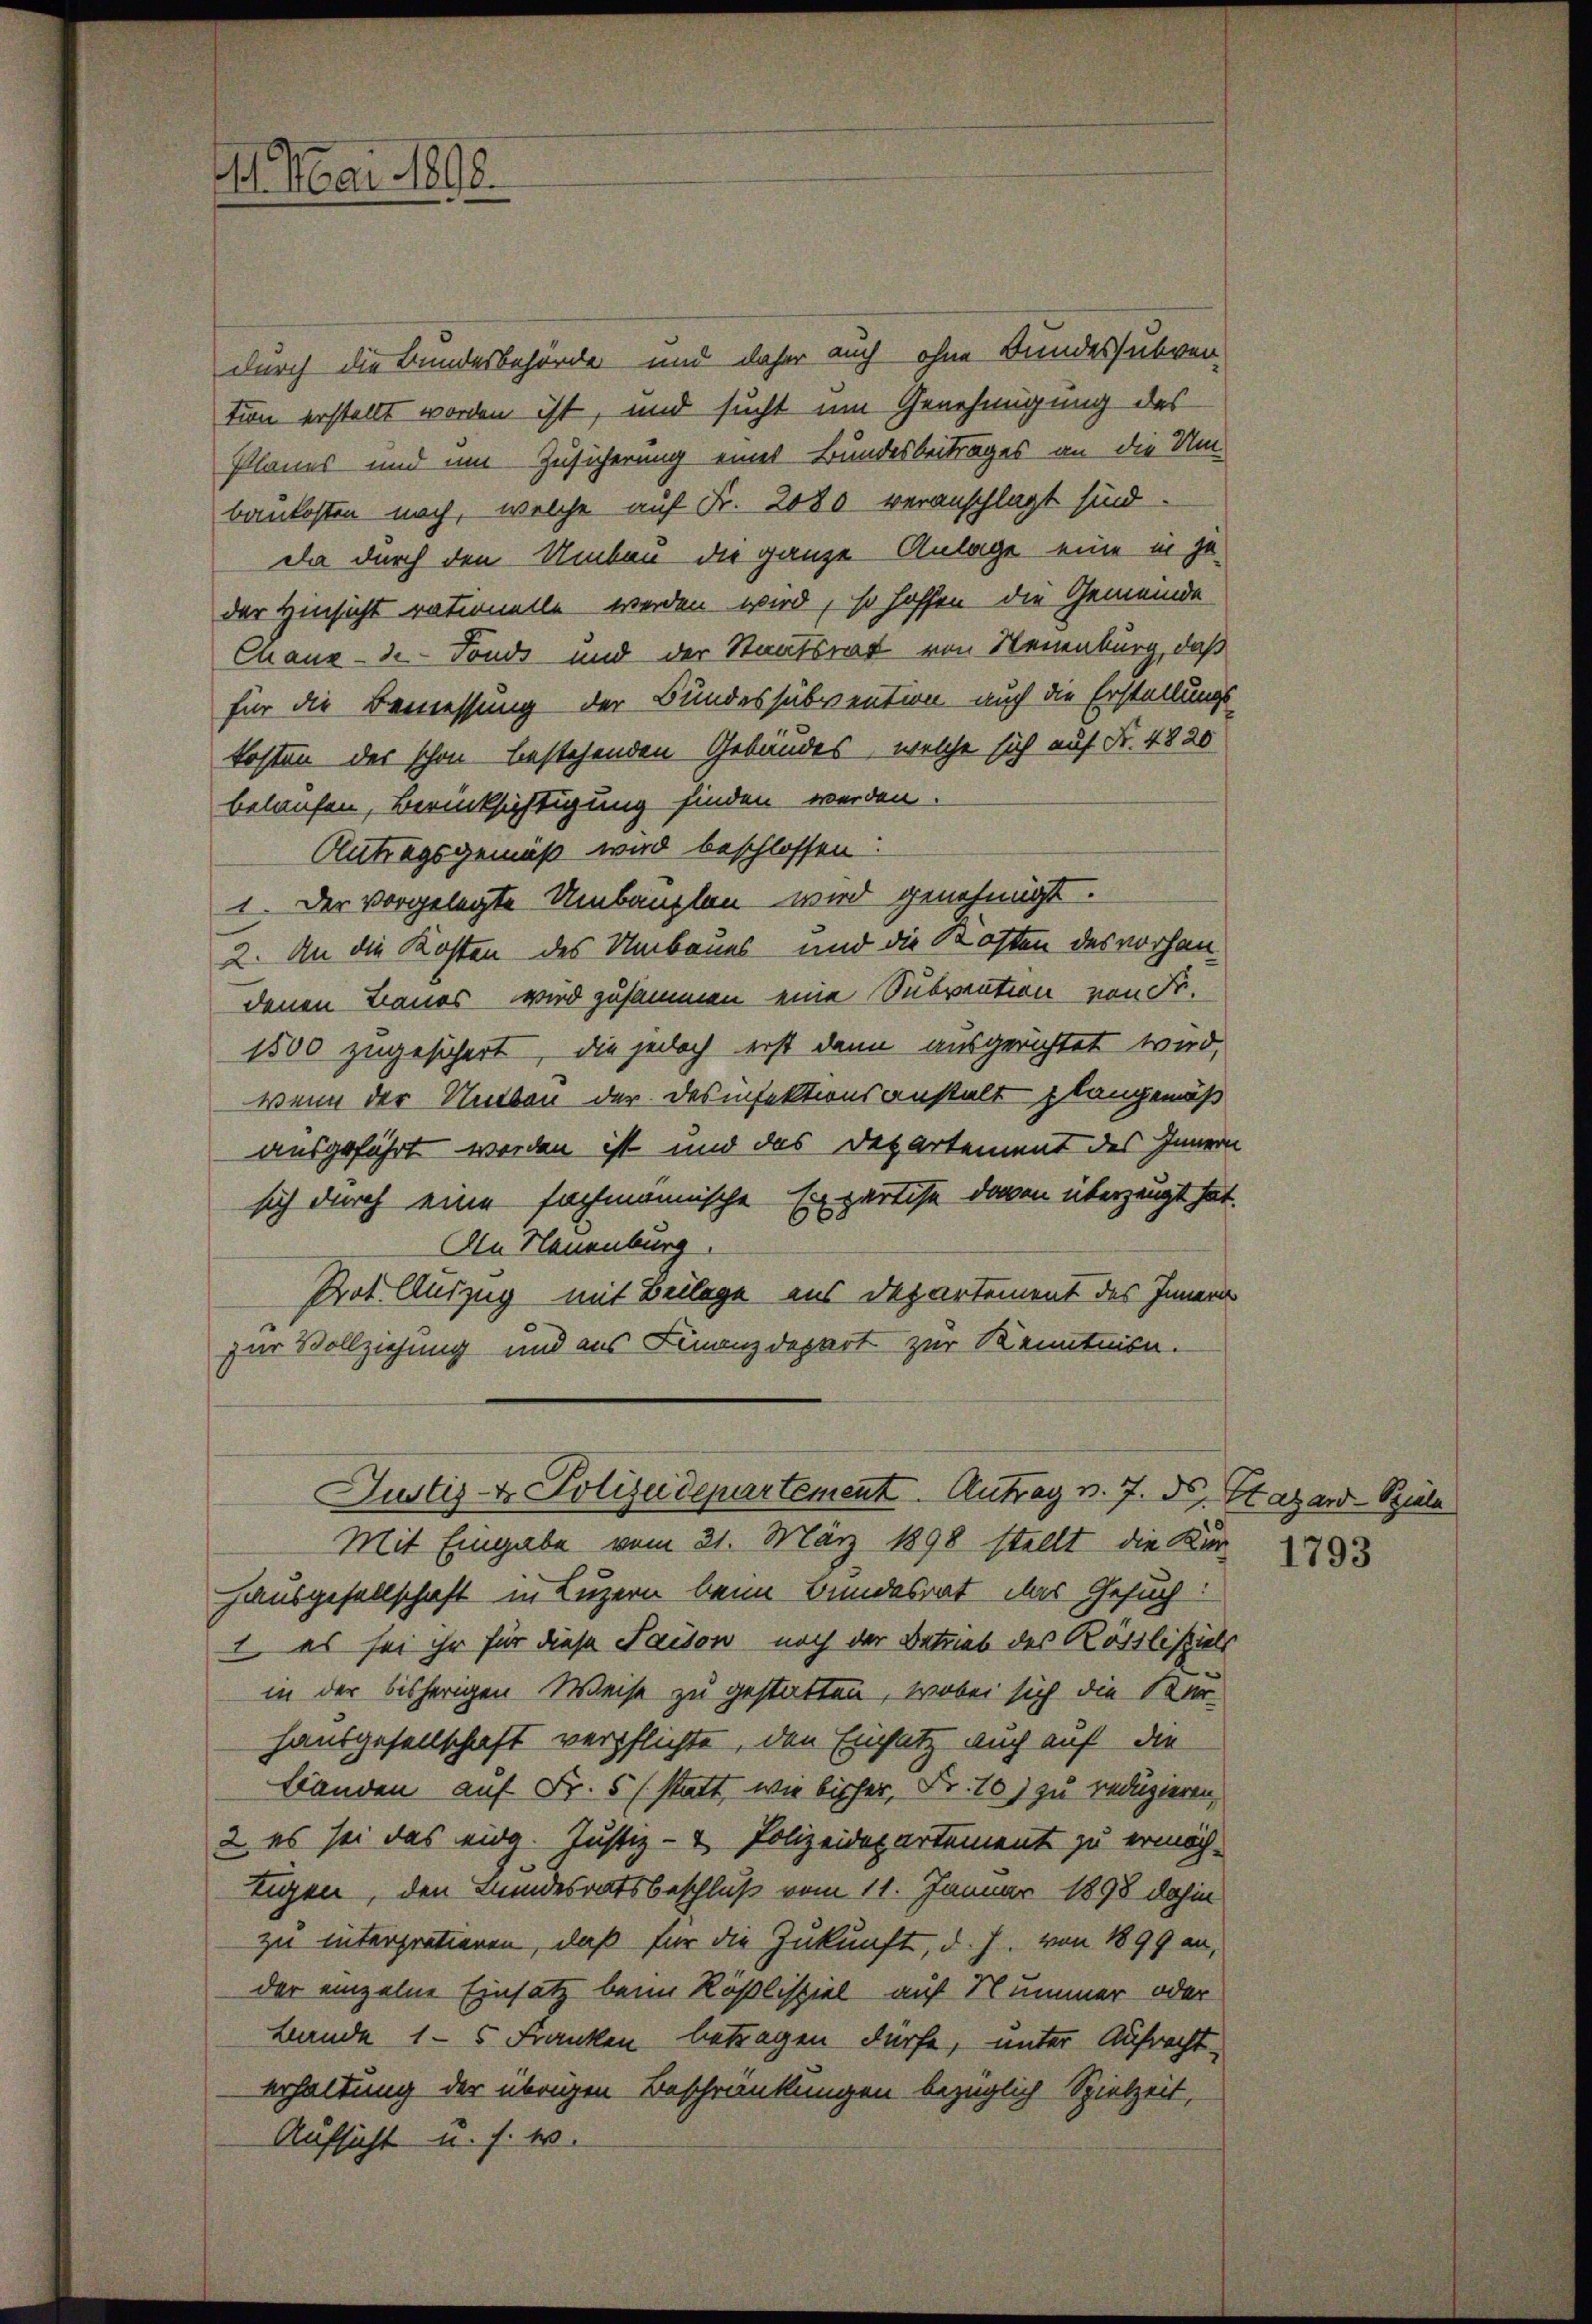
4. Mai 1898.

durch die Bundesbehörde und daher auch ohne Bundessubven-
tion erstellt worden ist, und sucht um Genehmigung des
Planes und um Zusicherung eines Bundesbeitrages an die Umbaukosten nach, welche auf Fr. 2080 veranschlagt sind
da durch den Umbau die ganze Anlage eine in ge-
der Hinsicht rationelle werden wird, so hoffen die Gemeinde
Chaux-de-Fonds und der Staatsrat von Neuenburg, daß
für die Bemessung der Bundessubvention auch die Erstellungs-
kosten des schon bestehenden Gebäudes, welche sich auf Fr. 4820
belaufen, Berücksichtigung finden werden.
Antragsgemäß wird beschlossen:
1. Der vorgelegte Umbauplan wird genehmigt.
2. An die Kosten des Umbaues und die Kosten des vorhandenen Baues wird zusammen eine Subvention von Fr.
1500 zugesichert, die jedoch erst dann ausgerichtet wird,
wenn der Neben der desinfektionsanstalt plangemäß
ausgeführt werden ist und das Departement des Innern
sich durch eine fachmannische Ergärtise davon überzeugt hat.
An Neuenburg
Prot. Auszug mit Beilage aus Departement des Innern
zur Vollziehung und aus Finanzdepart zur Kenntnisn.
Justiz- & Polizeidepartement. Antrag v. 7. ds. Stazard-Spiela
Mit Eingabe vom 21. März 1898 stellt die Kur-
Hausgesellschaft in Luzern beim Bundesrat das Gesuch:
1, es sei ihr für diese Saison noch der Betrieb des Kötilisiels
in der bisherigen Weise zu gestatten, wobei sich die Ker¬
Hausgesellschaft verpflichte, den Einsatz auch auf die
Bänden auf Fr. 5 (statt, wie bisher, Fr. 10) zu reduzieren,
2. es sei das eidg. Justiz- & Polizeidepartement zu ermöch-
tigen, den Bundesratsbeschluß vom 11. Januar 1898 dahin
zu interpratieren, daß für die Zukunft, d. h. von 1899 an,
der einzelne Einsatz beim Rößlispiel auf Nummer oder
Bande 15 Franken betragen dürfe, unter Aufrecht
erhaltung der übrigen Beschränkungen bezüglich Spielzeit,
Aufsicht u. s. w.

1793